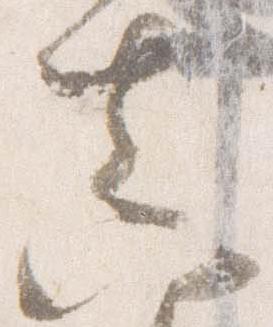
真